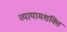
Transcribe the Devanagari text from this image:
व्यायामशक्ति